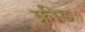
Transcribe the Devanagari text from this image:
फ्रीड